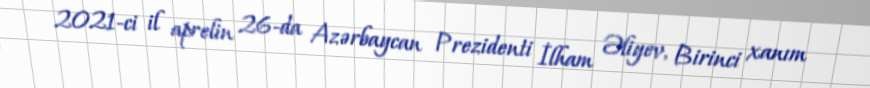
2021-ci il aprelin 26-da Azərbaycan Prezidenti İlham Əliyev, Birinci xanım